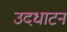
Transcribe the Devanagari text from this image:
उदधाटन